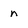
Character: n